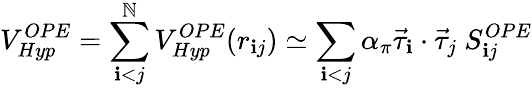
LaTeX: V_{Hyp}^{OPE}=\sum_{\mathbf{i}<j}^{\mathbb{N}}V_{Hyp}^{OPE}(r_{\mathbf{i}j})\simeq\sum_{\mathbf{i}<j}\alpha_{\pi}\vec{{\tau}}_{\mathbf{i}}\cdot\vec{{\tau}}_{j}\ S_{\mathbf{i}j}^{OPE}